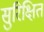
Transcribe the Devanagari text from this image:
सुरिक्षित